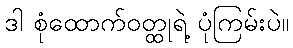
ဒါ စုံထောက်ဝတ္ထုရဲ့ ပုံကြမ်းပဲ။